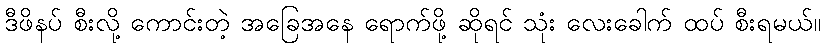
ဒီဖိနပ် စီးလို့ ကောင်းတဲ့ အခြေအနေ ရောက်ဖို့ ဆိုရင် သုံး လေးခေါက် ထပ် စီးရမယ်။